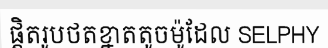
ផ្តិតរូបថតខ្នាតតូចម៉ូដែល SELPHY